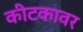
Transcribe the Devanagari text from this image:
कीटकावर